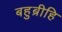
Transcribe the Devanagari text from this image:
बहुब्रीहि